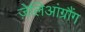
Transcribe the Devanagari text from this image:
ज़ेलिआंग्रौंग